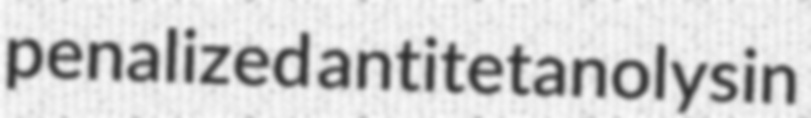
penalized antitetanolysin